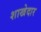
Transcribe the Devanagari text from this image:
शाखेदार